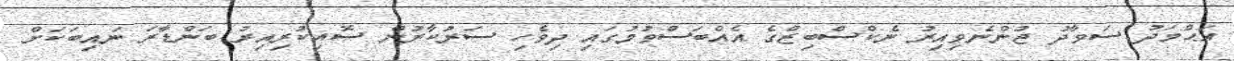
އަޙްމަދު ސަވާދު ޖުންނެވިއިރު ނެކްސްބިޒްގެ އެއްބަސްވުމުގައި ދިވެހި ސަރުކާރުން ސޮއިކުރިއިރު ބަންޑާރަ ނައިބަކަށް